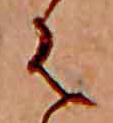
は